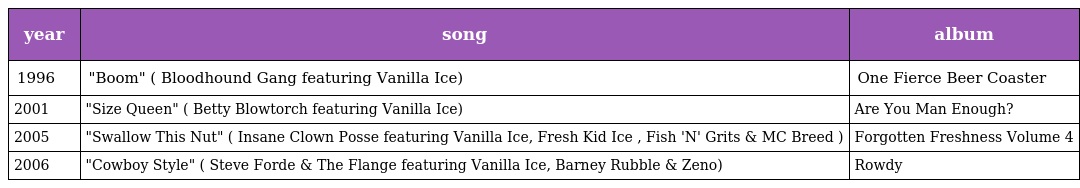
| year | song | album |
 | --- | --- | --- |
 | 1996 | "Boom" ( Bloodhound Gang featuring Vanilla Ice) | One Fierce Beer Coaster |
 | 2001 | "Size Queen" ( Betty Blowtorch featuring Vanilla Ice) | Are You Man Enough? |
 | 2005 | "Swallow This Nut" ( Insane Clown Posse featuring Vanilla Ice, Fresh Kid Ice , Fish 'N' Grits & MC Breed ) | Forgotten Freshness Volume 4 |
 | 2006 | "Cowboy Style" ( Steve Forde & The Flange featuring Vanilla Ice, Barney Rubble & Zeno) | Rowdy |